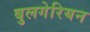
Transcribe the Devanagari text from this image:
बुलगेरियन